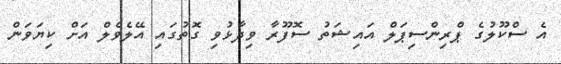
އެ ސްކޫލުގެ ޕްރިންސިޕަލް އައިޝަތު ސޮފޫރާ ވިދާޅުވި ގޮތުގައި އޭލެވެލް އަށް ކިޔަވަން